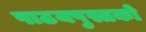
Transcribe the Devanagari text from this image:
पाठयपुस्तको